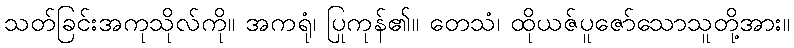
သတ်ခြင်းအကုသိုလ်ကို။ အကရုံ၊ ပြုကုန်၏။ တေသံ၊ ထိုယဇ်ပူဇော်သောသူတို့အား။